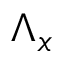
\Lambda _ { x }